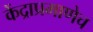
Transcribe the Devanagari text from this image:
केंद्राप्रमाणेच